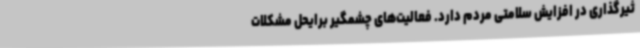
ثیرگذاری در افزایش سلامتی مردم دارد. فعالیت‌های چشمگیر برایحل مشکلات